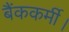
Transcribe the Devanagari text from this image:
बैंककर्मी।